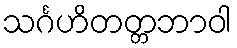
သင်္ဂဟိတတ္တဘာဝါ